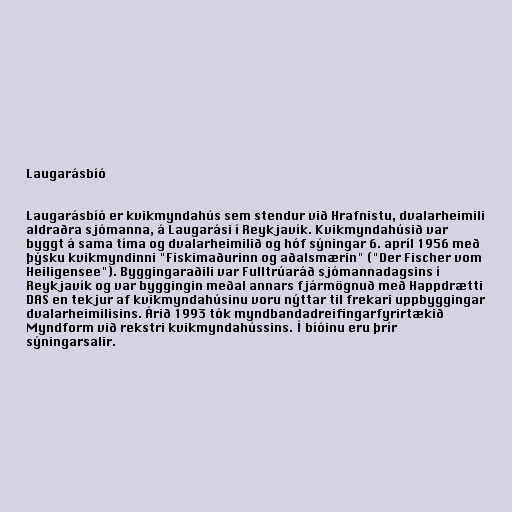
Laugarásbíó

Laugarásbíó er kvikmyndahús sem stendur við Hrafnistu, dvalarheimili
aldraðra sjómanna, á Laugarási í Reykjavík. Kvikmyndahúsið var
byggt á sama tíma og dvalarheimilið og hóf sýningar 6. apríl 1956 með
þýsku kvikmyndinni "Fiskimaðurinn og aðalsmærin" ("Der Fischer vom
Heiligensee"). Byggingaraðili var Fulltrúaráð sjómannadagsins í
Reykjavík og var byggingin meðal annars fjármögnuð með Happdrætti
DAS en tekjur af kvikmyndahúsinu voru nýttar til frekari uppbyggingar
dvalarheimilisins. Árið 1993 tók myndbandadreifingarfyrirtækið
Myndform við rekstri kvikmyndahússins. Í bíóinu eru þrír
sýningarsalir.